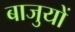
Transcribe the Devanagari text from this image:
बाजुयों